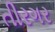
તીરગર